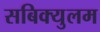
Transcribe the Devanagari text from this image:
सबिक्युलम